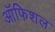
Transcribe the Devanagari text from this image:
ऑफिशल